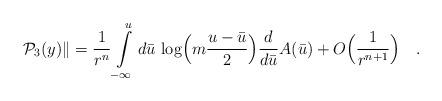
LaTeX: \begin{align*}{\cal P}_3(y)\|=\frac{1}{r^n}\int\limits^u_{-\infty}d{\bar u}\,\log\Bigl(m\frac{u-{\bar u}}{2}\Bigr)\frac{d}{d{\bar u}}A({\bar u})+O\Bigl(\frac{1}{r^{n+1}}\Bigr)\quad .\end{align*}